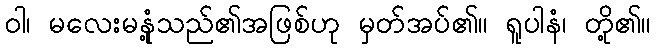
ဝါ၊ မလေးမနုံ့သည်၏အဖြစ်ဟု မှတ်အပ်၏။ ရူပါနံ၊ တို့၏။